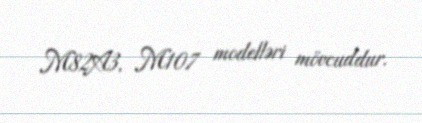
M82A3, M107 modelləri mövcuddur.